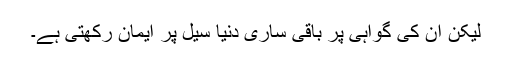
لیکن ان کی گواہی پر باقی ساری دنیا سیل پر ایمان رکھتی ہے۔